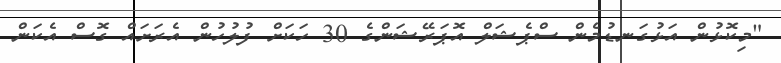
"މިކޮޅުން އަޅުގަނޑުމެން ސްޕެޝަލް އޮޕަރޭޝަންގެ 30 ހަކަށް ފުލުހުން އެރަށައް ގޮސް އެކަން